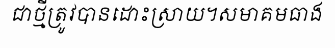
ជាថ្មីត្រូវបានដោះស្រាយ។សមាគមធាង